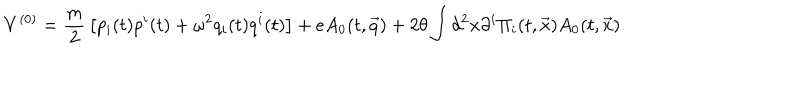
{ V } ^ { ( 0 ) } = { \frac { m } { 2 } } \left[ p _ { i } ( t ) p ^ { i } ( t ) + \omega ^ { 2 } q _ { i } ( t ) q ^ { i } ( t ) \right] + e A _ { 0 } ( t , \vec { q } ) + 2 \theta \int d ^ { 2 } x \partial ^ { i } \Pi _ { i } ( t , \vec { x } ) A _ { 0 } ( t , \vec { x } ) .